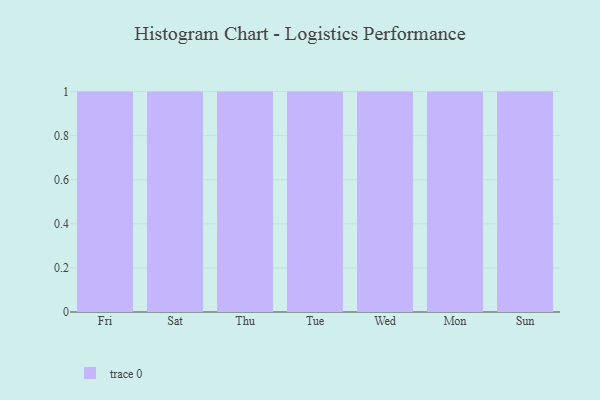
{"axis": {"x": "Day", "y": "Operating Costs (USD K)"}, "legend": [""], "data": [{"x": "Fri", "y": 98, "type": ""}, {"x": "Sat", "y": 29, "type": ""}, {"x": "Thu", "y": 14, "type": ""}, {"x": "Tue", "y": 17, "type": ""}, {"x": "Wed", "y": 67, "type": ""}, {"x": "Mon", "y": 44, "type": ""}, {"x": "Sun", "y": 54, "type": ""}]}